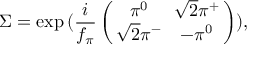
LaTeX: \Sigma = \exp \, ( \frac { i } { f _ { \pi } } \left( \! \! \begin{array} { c c } { { \pi ^ { 0 } \! } } & { { \! \sqrt 2 \pi ^ { + } } } \\ { { \sqrt 2 \pi ^ { - } \! } } & { { \! - \pi ^ { 0 } } } \end{array} \! \! \right) ) ,